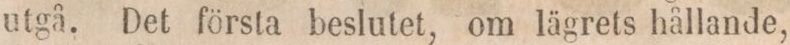
utgå. Det första beslutet, om lägrets hållande,